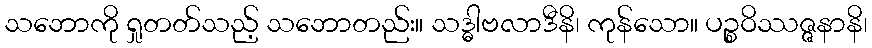
သဘောကို ရှုတတ်သည့် သဘောတည်း။ သဒ္ဓါဗလာဒီနိ၊ ကုန်သော။ ပဉ္စဝိဿဇ္ဇနာနိ၊